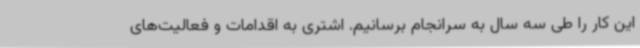
این کار را طی سه سال به سرانجام برسانیم. اشتری به اقدامات و فعالیت‌های